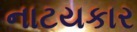
નાટયકાર